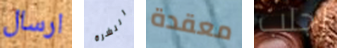
ارسال النشرة معقدة إجلب